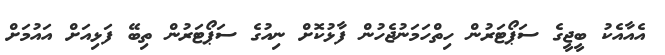
އެއާއެކު ބީޖީގެ ސަޕޯޓަރުން ހިތްހަމަނުޖެހުން ފާޅުކޮށް ނިއުގެ ސަޕޯޓަރުން ތިބޭ ފަޅިއަށް އައުމަށް